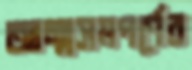
আত্মসমপর্ণের